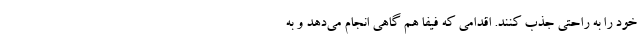
خود را به راحتی جذب کنند. اقدامی که فیفا هم گاهی انجام می‌دهد و به